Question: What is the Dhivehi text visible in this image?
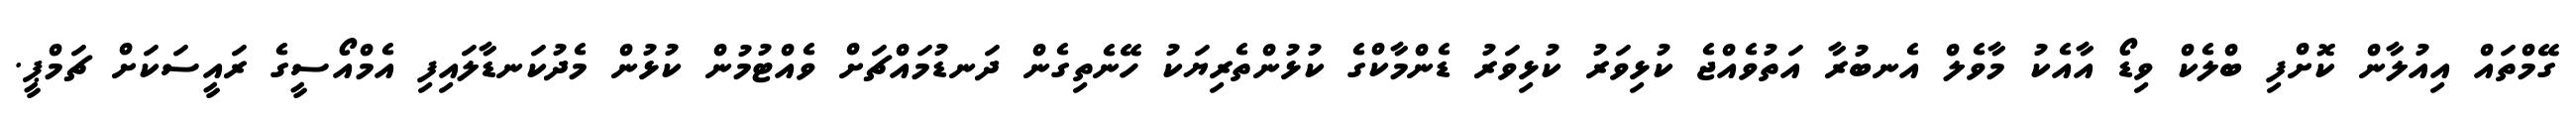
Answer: ގޭމްތައް އިއުލާން ކޮށްފި ބްލެކް ވިޑޯ އާއެކު މާވެލް އެނބުރާ އަތުވެއްޖެ ކުޅިވަރު ކުޅިވަރު ޑެންމާކްގެ ކުޅުންތެރިޔަކު ހޭނެތިގެން ދަނޑުމައްޗަށް ވެއްޓުމުން ކުޅުން މެދުކަނޑާލައިފި އެމްއޯސީގެ ރައީސަކަށް ޗަމްޕީ.